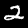
Label: 2